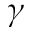
\ensuremath { \gamma }